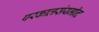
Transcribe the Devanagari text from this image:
परकालसंयमीन्द्र